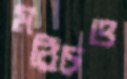
মরিচও